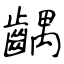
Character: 齵